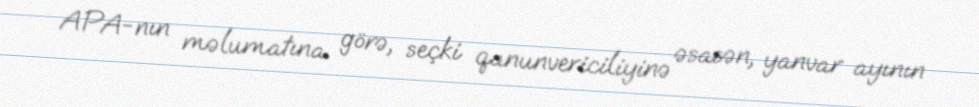
APA-nın məlumatına görə, seçki qanunvericiliyinə əsasən, yanvar ayının